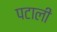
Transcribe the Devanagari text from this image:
पटाली